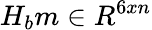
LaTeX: H_{b}m\in R^{6xn}